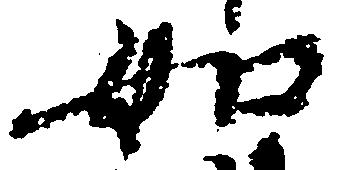
如